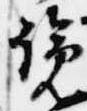
覽